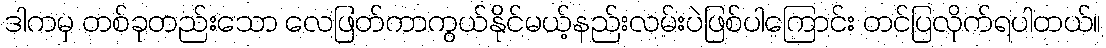
ဒါကမှ တစ်ခုတည်းသော လေဖြတ်ကာကွယ်နိုင်မယ့်နည်းလမ်းပဲဖြစ်ပါကြောင်း တင်ပြလိုက်ရပါတယ်။